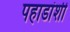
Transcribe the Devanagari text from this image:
पहाडांशी